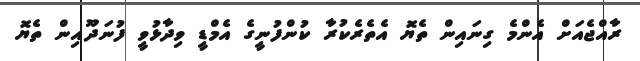
ރާއްޖެއަށް އެންމެ ގިނައިން ތެޔޮ އެތެރެކުރާ ކުންފުނީގެ އެމްޑީ ވިދާޅުވީ ފުނަދޫއިން ތެޔޮ